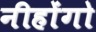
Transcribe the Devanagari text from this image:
नीहोंगो